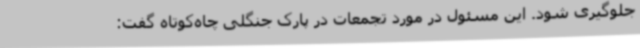
جلوگیری شود. این مسئول در مورد تجمعات در پارک جنگلی چاه‌کوتاه گفت: